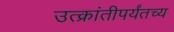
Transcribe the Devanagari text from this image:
उत्क्रांतीपर्यंतच्य